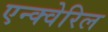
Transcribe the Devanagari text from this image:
एन्क्वेरिल